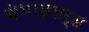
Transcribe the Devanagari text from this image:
कंपाइलर्स